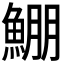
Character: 𩸀